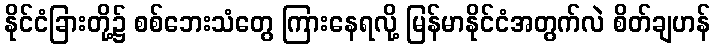
နိုင်ငံခြားတို့၌ စစ်ဘေးသံတွေ ကြားနေရလို့ မြန်မာနိုင်ငံအတွက်လဲ စိတ်ချဟန်